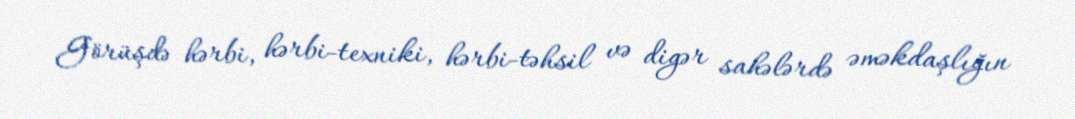
Görüşdə hərbi, hərbi-texniki, hərbi-təhsil və digər sahələrdə əməkdaşlığın